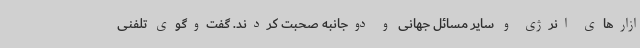
ازارهای انرژی و سایر مسائل جهانی و دوجانبه صحبت کردند. گفت‌وگوی تلفنی